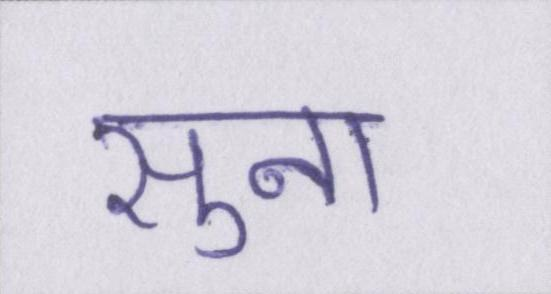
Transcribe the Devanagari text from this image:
सुना